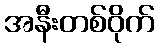
အနီးတစ်ဝိုက်